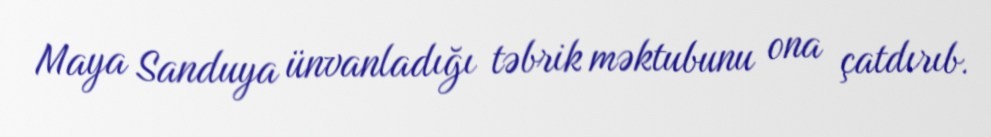
Maya Sanduya ünvanladığı təbrik məktubunu ona çatdırıb.